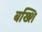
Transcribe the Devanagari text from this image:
बख्शि